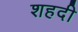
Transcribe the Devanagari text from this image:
शहदी